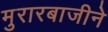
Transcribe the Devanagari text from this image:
मुरारबाजीने